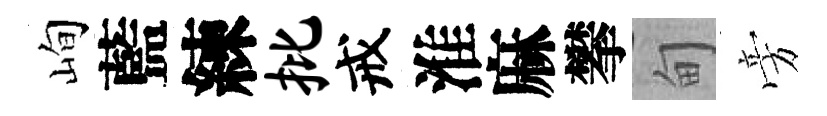
峋藍練批戒淮麻攀甸旁